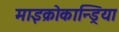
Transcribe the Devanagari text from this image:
माइक्रोकान्ड्रिया